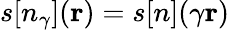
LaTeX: s[n_{\gamma}]({\mathbf r})=s[n](\gamma{\mathbf r})